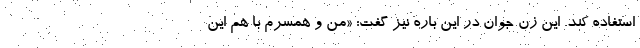
استفاده کند. این زن جوان در این باره نیز گفت: «من و همسرم با هم این